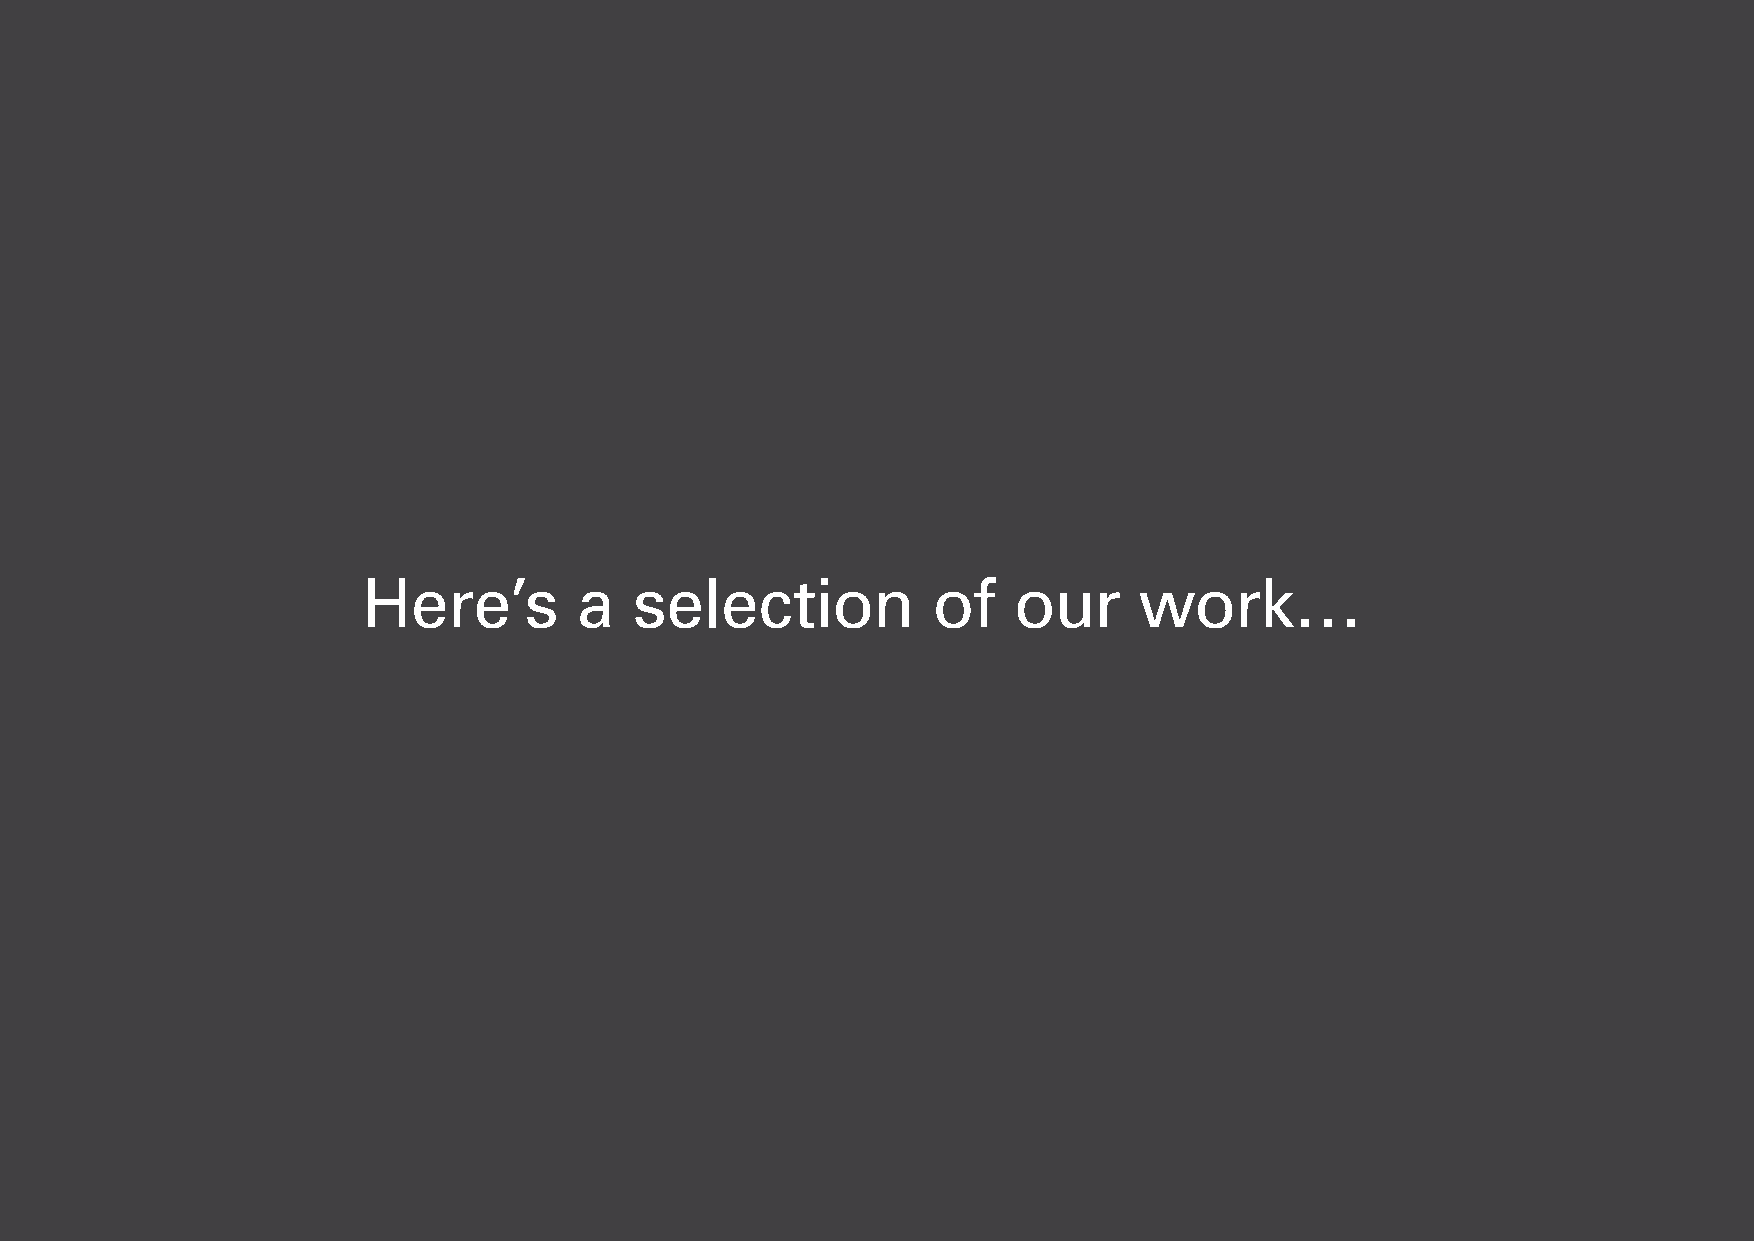
Here’s        a   selection           of   our     work…